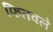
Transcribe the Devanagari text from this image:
फितवले